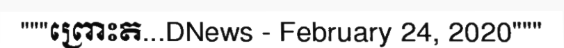
"""ព្រោះត...DNews - February 24, 2020"""